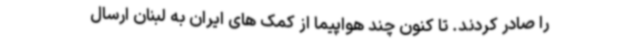
را صادر کردند. تا کنون چند هواپیما از کمک های ایران به لبنان ارسال